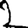
Digit: 2